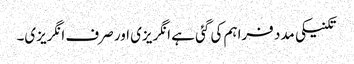
تکنیکی مدد فراہم کی گئی ہے انگریزی اور صرف انگریزی۔